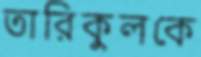
তারিকুলকে